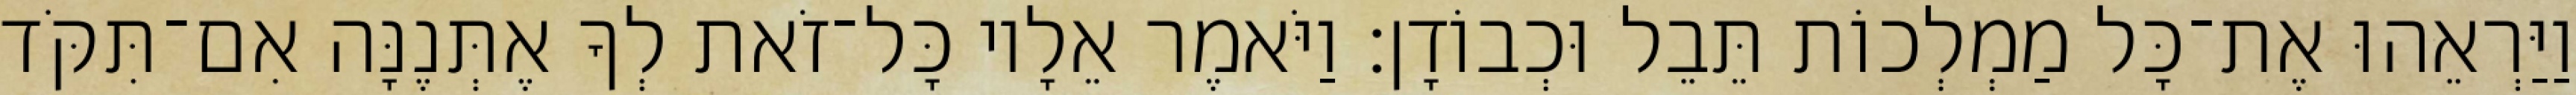
וַיַּרְאֵהוּ אֶת־כָּל מַמְלְכוֹת תֵּבֵל וּכְבוֹדָן׃ וַיֹּאמֶר אֵלָיו כָּל־זֹאת לְךָ אֶתְּנֶנָּה אִם־תִּקֹּד